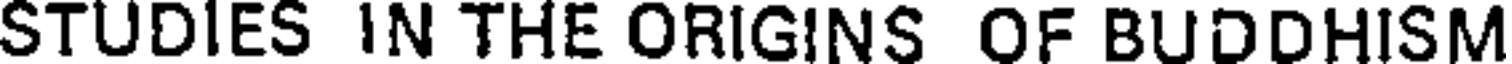
STUDIES IN THE ORIGINS OF BUDDHISM